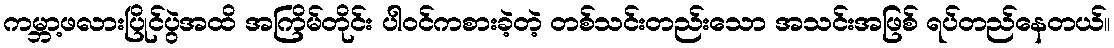
ကမ္ဘာ့ဖလားပြိုင်ပွဲအထိ အကြိမ်တိုင်း ပါဝင်ကစားခဲ့တဲ့ တစ်သင်းတည်းသော အသင်းအဖြစ် ရပ်တည်နေတယ်။